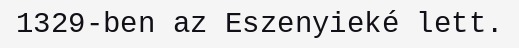
1329-ben az Eszenyieké lett.